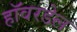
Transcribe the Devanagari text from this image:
हॉवरडेल